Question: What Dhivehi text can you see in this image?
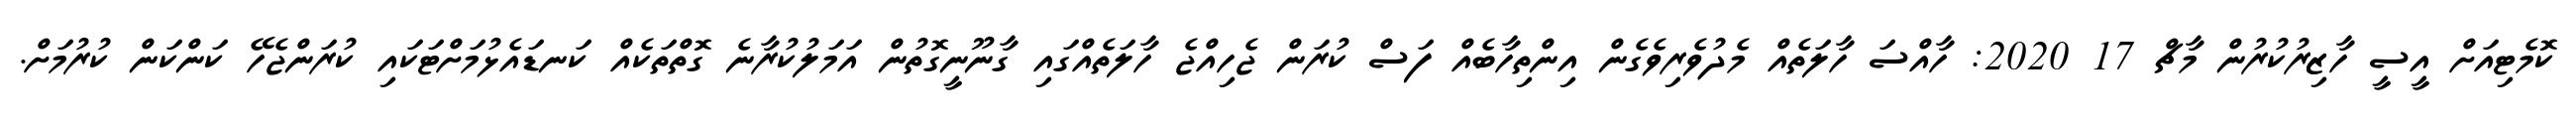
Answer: ކޮމެޓިއަށް އީސީ ހާޒިރުކުރުން މާޗް 17 2020: ހާއްސަ ހާލަތެއް މެދުވެރިވެގެން އިންތިހާބެއް ފަސް ކުރަން ޖެހިއްޖެ ހާލަތެއްގައި ގާނޫނީގޮތުން އަމަލުކުރާނެ ގޮތްތަކެއް ކަނޑައެޅުމަށްޓަކައި ކުރަންޖެހޭ ކަންކަން ކުރުމަށް.